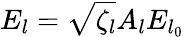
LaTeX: E_{l}=\sqrt{\zeta_{l}}A_{l}E_{l_{0}}